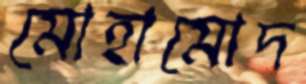
মোহামোদ